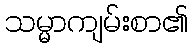
သမ္မာကျမ်းစာ၏